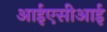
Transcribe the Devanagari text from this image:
आईएसीआई